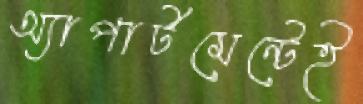
অ্যাপার্টমেন্টেই